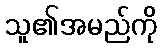
သူ၏အမည်ကို